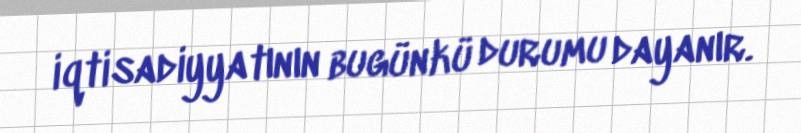
iqtisadiyyatının bugünkü durumu dayanır.